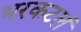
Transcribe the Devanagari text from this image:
भरकटलं